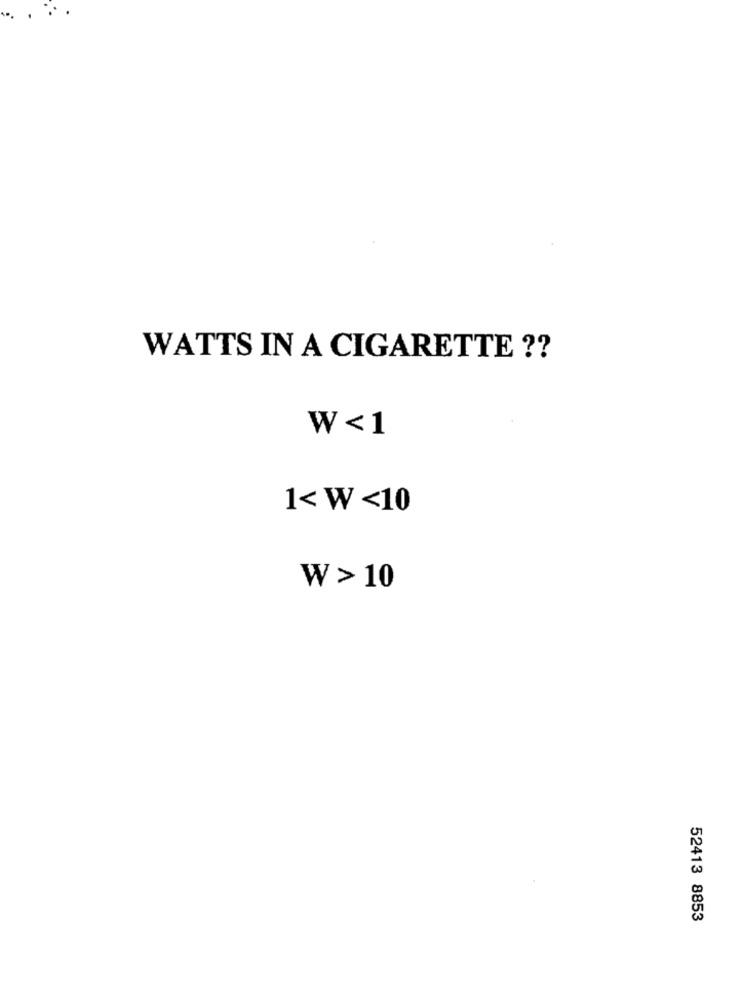
WATTS IN A CIGARETTE ??
W<1
1<W<10
W > 10
52413 8853